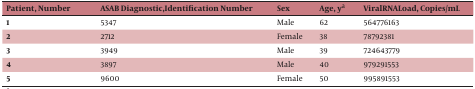
| Patient, Number | ASAB Diagnostic,Identification Number | Sex | Age, ya | ViralRNALoad, Copies/mL |
 | --- | --- | --- | --- | --- |
 | 1 | 5347 | Male | 62 | 564776163 |
 | 2 | 2712 | Female | 38 | 78792381 |
 | 3 | 3949 | Male | 39 | 724643779 |
 | 4 | 3897 | Male | 40 | 979291553 |
 | 5 | 9600 | Female | 50 | 995891553 |